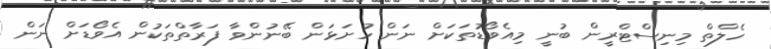
ހެލްތް މިނިސްޓްރީން ބުނީ މިއެވޯޑުތަކަށް ނަން ހުށަޅަން ބޭނުންވާ ފަރާތްތަކުން އެވޯޑަށް ނަން